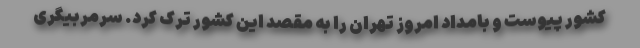
کشور پیوست و بامداد امروز تهران را به مقصد این کشور ترک کرد. سرمربیگری